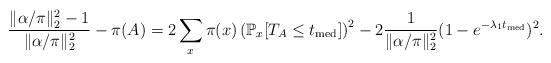
LaTeX: \begin{align*}\frac{\|\alpha/\pi \|_2^2-1}{\|\alpha/\pi \|_2^2}-\pi(A) =2 \sum_x \pi(x) \left( \mathbb{P}_x[T_A \le t_{\mathrm{med}} ] \right)^2-2 \frac{1}{\|\alpha/\pi\|_2^2}(1-e^{-\lambda_1 t_{\mathrm{med}} })^{2}.\end{align*}